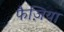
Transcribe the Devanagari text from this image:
फैज़िया